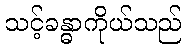
သင့်ခန္ဓာကိုယ်သည်